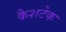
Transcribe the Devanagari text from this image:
कैशटेक